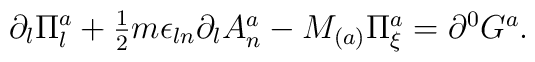
\partial_{l}\Pi_{l}^{a}+\textstyle{\frac{1}{2}}m\epsilon_{ln}\partial_{l}A_{n}^{a}-M_{(a)}\Pi_{\xi}^{a}=\partial^{0}G^{a}.